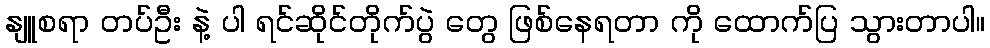
နျူစရာ တပ်ဦး နဲ့ ပါ ရင်ဆိုင်တိုက်ပွဲ တွေ ဖြစ်နေရတာ ကို ထောက်ပြ သွားတာပါ။